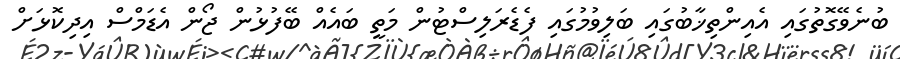
ބުނެވޭގޮތުގައި އެއިންތިޚާބުގައި ބަލިވުމުގައި ފެޑެރަލިސްޓުން މަތީ ބައެއް ބޭފުޅުން ޖޯން އެޑަމްސް އިދިކޮޅަށް